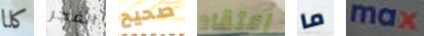
كلا الفجر صحيح إعتقاد ما max